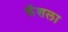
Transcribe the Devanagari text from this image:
क्रॅशला